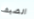
الضيف